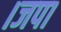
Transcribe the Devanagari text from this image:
।जपा